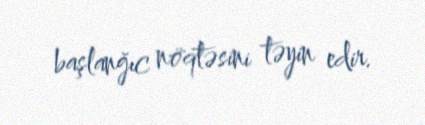
başlanğıc nöqtəsini təyin edir.